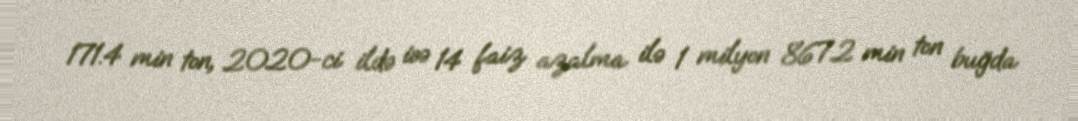
171.4 min ton, 2020-ci ildə isə 14 faiz azalma ilə 1 milyon 867.2 min ton buğda